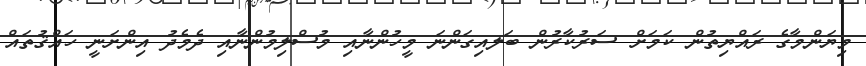
މިޔަންމާގެ ރައްޔިތުން ކަަމަށް ސަރުކާރުން ބަަލއިގަންނަ މީހުންނާއި މުސްލިމުންނާއި ދެމެދު އިންށަނީ ހައްޤުތައް